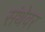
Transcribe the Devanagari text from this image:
संथेवर